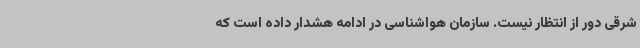
شرقی دور از انتظار نیست. سازمان هواشناسی در ادامه هشدار داده است که